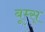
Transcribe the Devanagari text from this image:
बूम्स्